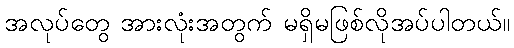
အလုပ်တွေ အားလုံးအတွက် မရှိမဖြစ်လိုအပ်ပါတယ်။